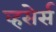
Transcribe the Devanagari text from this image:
व्हसेर्स